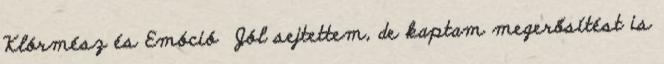
Klórmész és Emóció Jól sejtettem, de kaptam megerősítést is